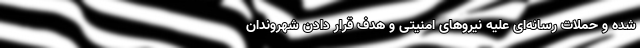
شده و حملات رسانه‌ای علیه نیروهای امنیتی و هدف قرار دادن شهروندان